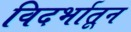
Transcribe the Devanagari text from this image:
विदर्भातून